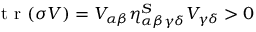
\textrm { t r } ( \sigma V ) = V _ { \alpha \beta } \eta _ { \alpha \beta \gamma \delta } ^ { S } V _ { \gamma \delta } > 0